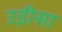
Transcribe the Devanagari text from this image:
उड़़ीसा